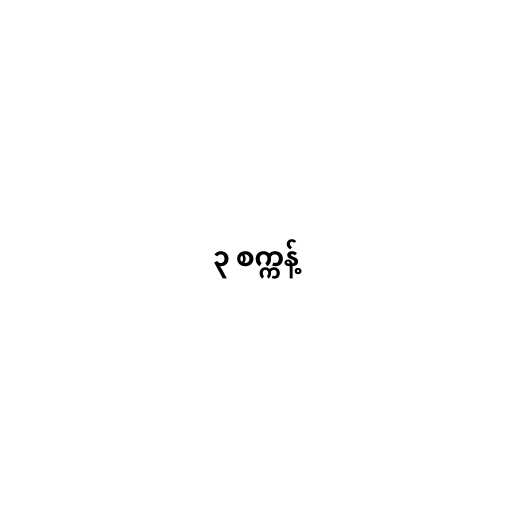
၃ စက္ကန့်